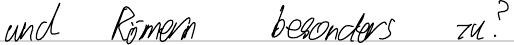
und Römern besonders zu?